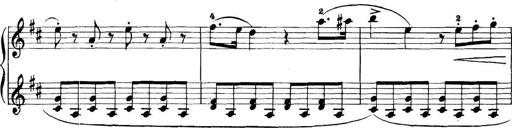
Title: 11 Sonatinas
Composer: Anton Diabelli